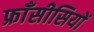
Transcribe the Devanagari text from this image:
फ्राँसीसियों